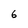
Character: 6